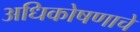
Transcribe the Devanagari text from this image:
अधिकोषणाचे